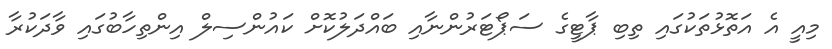
މިއީ އެ އަތޮޅުތަކުގައި ތިބި ޕާޓީގެ ސަޕޯޓަރުންނާއި ބައްދަލުކޮށް ކައުންސިލް އިންތިހާބުގައި ވާދަކުރާ